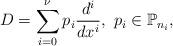
LaTeX: \begin{align*}D = \sum_{i=0}^\nu p_i \frac{d^i}{dx^i},\ p_i\in \mathbb{P}_{n_i} ,\end{align*}